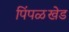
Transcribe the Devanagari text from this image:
पिंपळखेड